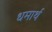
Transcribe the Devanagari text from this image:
धमार्थ